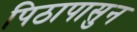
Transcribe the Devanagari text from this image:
पिठापासुन